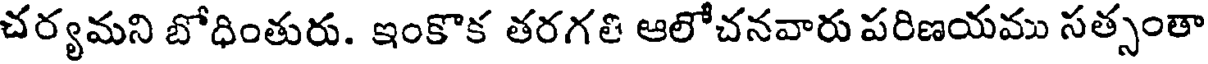
చర్యమని బోధింతురు. ఇంకొక తరగతి ఆలోచనవారు పరిణయము సత్సంతా